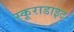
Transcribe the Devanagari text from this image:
स्कूराडाइट